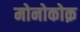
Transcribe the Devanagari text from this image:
मोनोकोक़